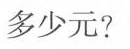
多少元?